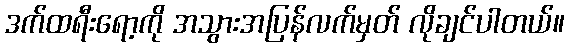
ဒက်ထရီးရော့ကို အသွားအပြန်လက်မှတ် လိုချင်ပါတယ်။